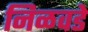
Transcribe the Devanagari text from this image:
निळवडे